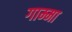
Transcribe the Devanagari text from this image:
गाम्मा